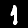
Digit: 1